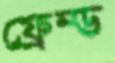
ফ্রেম্ড